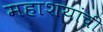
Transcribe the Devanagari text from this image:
महाशयांची